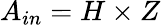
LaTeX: A_{in}=H\times Z